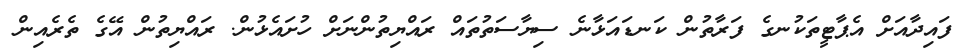
ފައިދާއަށް އެޕާޓީތަކުނގެ ފަރާތުން ކަނޑައަޅާނެ ސިޔާސަތުތައް ރައްޔިތުންނަށް ހުށައެޅުން. ރައްޔިތުން އޭގެ ތެރެއިން